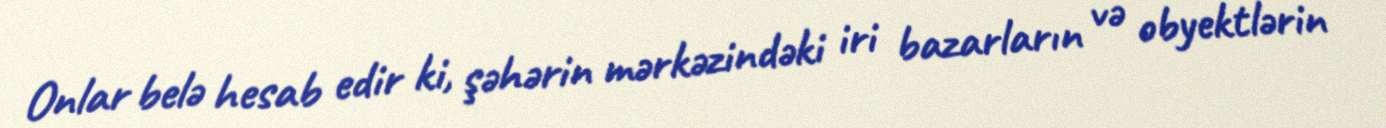
Onlar belə hesab edir ki, şəhərin mərkəzindəki iri bazarların və obyektlərin